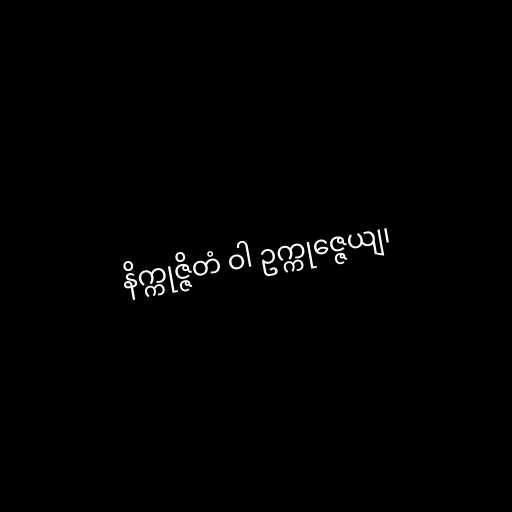
နိက္ကုဇ္ဇိတံ ဝါ ဥက္ကုဇ္ဇေယျ၊